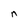
Character: n